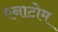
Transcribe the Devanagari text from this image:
एनाटोम